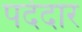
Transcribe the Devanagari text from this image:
पर्देदार